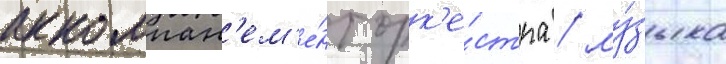
аккомпан'ем'е́нт орк'е́стра / му́зыка